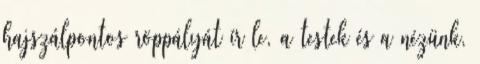
hajszálpontos röppályát ír le, a testek és a nézünk,